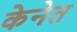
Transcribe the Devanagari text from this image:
केनेत